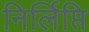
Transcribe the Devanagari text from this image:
निर्लिप्ति